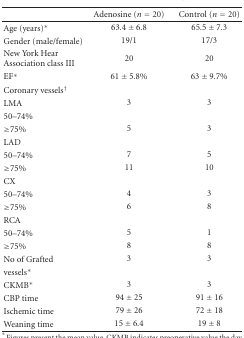
<table><thead><tr><td></td><td><b>Adenosine (<i>n</i> = 20)</b></td><td><b>Control (<i>n</i> = 20)</b></td></tr></thead><tbody><tr><td>Age (years)*</td><td>63.4 ± 6.8</td><td>65.5 ± 7.3</td></tr><tr><td>Gender (male/female)</td><td>19/1</td><td>17/3</td></tr><tr><td>New York Hear Association class III</td><td>20</td><td>20</td></tr><tr><td>EF*</td><td>61 ± 5.8%</td><td>63 ± 9.7%</td></tr><tr><td>Coronary vessels<sup>†</sup></td><td></td><td></td></tr><tr><td>LMA</td><td>3</td><td>3</td></tr><tr><td>50–74%</td><td></td><td></td></tr><tr><td> ≥75%</td><td>5</td><td>3</td></tr><tr><td>LAD</td><td></td><td></td></tr><tr><td>50–74%</td><td>7</td><td>5</td></tr><tr><td> ≥75%</td><td>11</td><td>10</td></tr><tr><td>CX</td><td></td><td></td></tr><tr><td>50–74%</td><td>4</td><td>3</td></tr><tr><td> ≥75%</td><td>6</td><td>8</td></tr><tr><td>RCA</td><td></td><td></td></tr><tr><td>50–74%</td><td>5</td><td>1</td></tr><tr><td> ≥75%</td><td>8</td><td>8</td></tr><tr><td>No of Grafted</td><td>3</td><td>3</td></tr><tr><td>vessels*</td><td></td><td></td></tr><tr><td>CKMB*</td><td>3</td><td>3</td></tr><tr><td>CBP time</td><td>94 ± 25</td><td>91 ± 16</td></tr><tr><td>Ischemic time</td><td>79 ± 26</td><td>72 ± 18</td></tr><tr><td>Weaning time</td><td>15 ± 6.4</td><td>19 ± 8</td></tr></tbody></table>